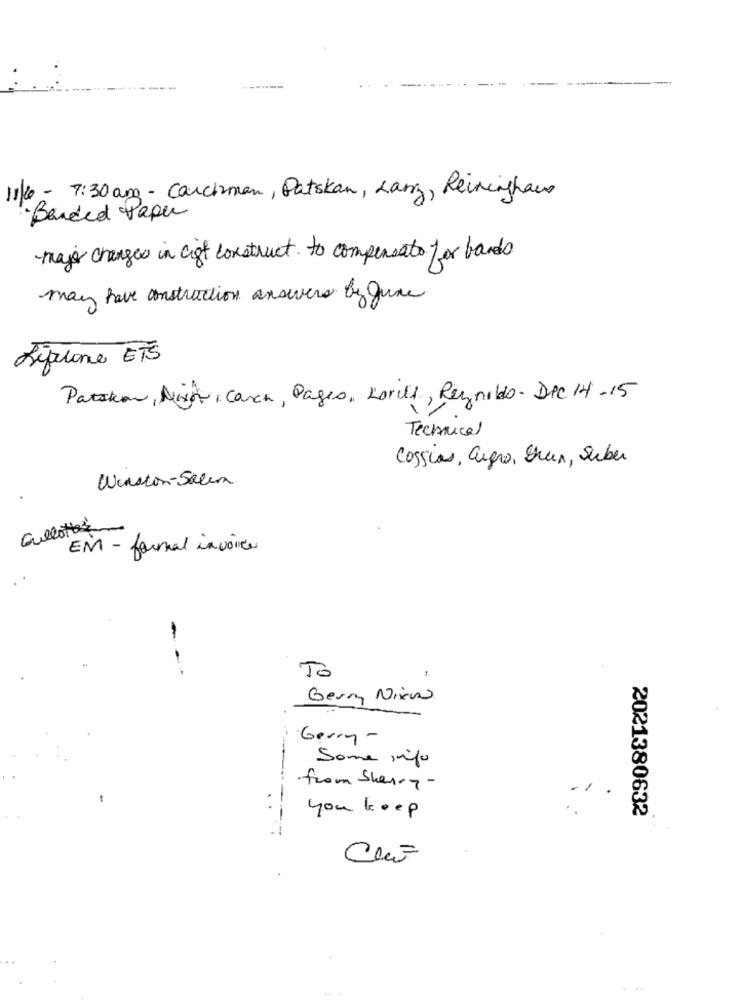
1/6 - 7:30 am - Carchman, Patskan, Lang, Reininghaus
Banded Paper
major changes in cift construct. to compensate for bands
may have construction answers by June
Figurone ETS
Patakon, Ning, Carch, Pages, Loris, Reynolds. Dec 14-15
Technical
Cossias, augro, Shun, suber
Winston-Salem
Gullottes
EM - fournal invoice
- --
To
Gerry Nixw
Gerry-
Some info
from Sherry-
/
.
you keep
2021380632